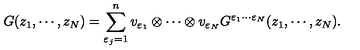
G ( z _ { 1 } , \cdots , z _ { N } ) = \sum _ { \varepsilon _ { j } = 1 } ^ { n } v _ { \varepsilon _ { 1 } } \otimes \cdots \otimes v _ { \varepsilon _ { N } } G ^ { \varepsilon _ { 1 } \cdots \varepsilon _ { N } } ( z _ { 1 } , \cdots , z _ { N } ) .